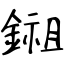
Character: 鎺